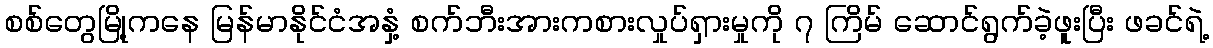
စစ်တွေမြို့ကနေ မြန်မာနိုင်ငံအနှံ့ စက်ဘီးအားကစားလှုပ်ရှားမှုကို ၇ ကြိမ် ဆောင်ရွက်ခဲ့ဖူးပြီး ဖခင်ရဲ့